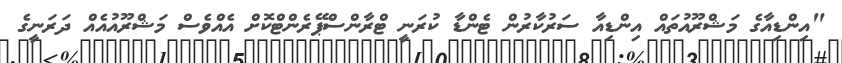
"އިންޑިއާގެ މަޝްރޫއުތައް އިންޑިއާ ސަރުކާރުން ޓެންޑާ ކުރަނީ ޓްރާންސްޕޭރެންޓްކޮށް އެއްވެސް މަޝްރޫއުއެއް ދަރަނީގެ